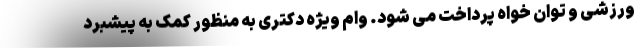
ورزشی و توان خواه پرداخت می شود. وام ویژه دکتری به منظور کمک به پیشبرد